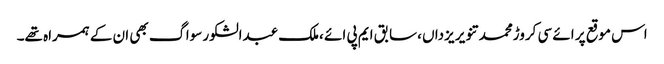
اس موقع پر ائے سی کروڑمحمد تنویر یزداں ،سابق ایم پی ائے ،ملک عبدالشکور سواگ بھی ان کے ہمراہ تھے۔